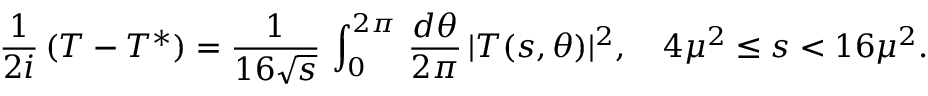
{ \frac { 1 } { 2 i } } \, ( T - T ^ { * } ) = { \frac { 1 } { 1 6 \sqrt { s } } } \, \int _ { 0 } ^ { 2 \pi } \, { \frac { d \theta } { 2 \pi } } \, | T ( s , \theta ) | ^ { 2 } , \quad 4 \mu ^ { 2 } \le s < 1 6 \mu ^ { 2 } .